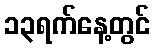
၁၃ရက်နေ့တွင်